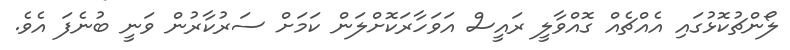
ލޯންޗުކޮޅުގައި އެއްޗެއް ގޮއްވާލީ ރައީސް އަވަހާރަކޮށްލަން ކަމަށް ސަރުކާރުން ވަނީ ބުނެފަ އެވެ.